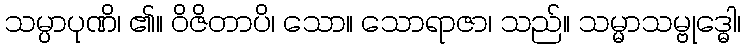
သမ္ပာပုဏိ၊ ၏။ ဝိဇိတာပိ၊ သော။ သောရာဇာ၊ သည်။ သမ္မာသမ္ဗုဒ္ဓေါ၊